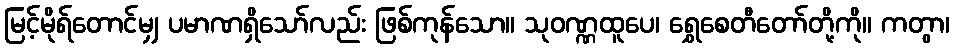
မြင့်မိုရ်တောင်မျှ ပမာဏရှိသော်လည်း ဖြစ်ကုန်သော။ သုဝဏ္ဏထူပေ၊ ရွှေစေတီတော်တို့ကို။ ကတွာ၊